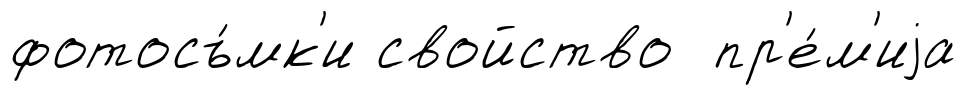
фотосъ́мк'и свойство пр'е́м'иjа